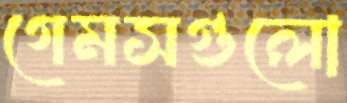
গেমসগুলো